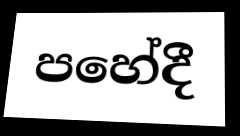
පහේදී